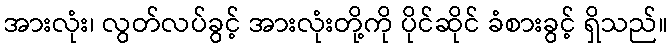
အားလုံး၊ လွတ်လပ်ခွင့် အားလုံးတို့ကို ပိုင်ဆိုင် ခံစားခွင့် ရှိသည်။